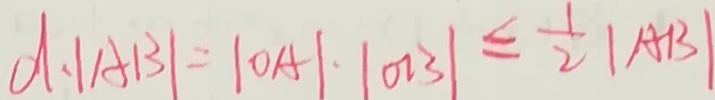
d . \vert A B \vert = \vert 0 A \vert \cdot \vert O B \vert \leq \frac { 1 } { 2 } \vert A B \vert